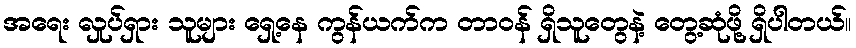
အရေး လှုပ်ရှား သူများ ရှေ့နေ ကွန်ယက်က တာဝန် ရှိသူတွေနဲ့ တွေ့ဆုံဖို့ ရှိပါတယ်။